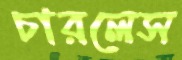
চারলেস